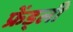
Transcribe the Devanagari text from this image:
फ्रेंड्ली